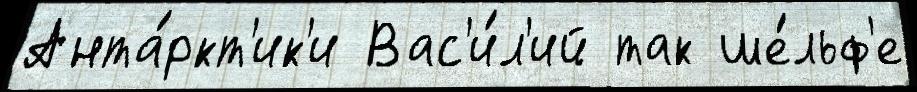
Анта́ркт'ик'и Вас'и́л'ий так ше́льф'е